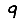
Digit: 9